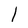
Character: l